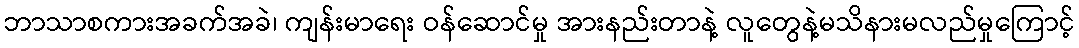
ဘာသာစကားအခက်အခဲ၊ ကျန်းမာရေး ဝန်ဆောင်မှု အားနည်းတာနဲ့ လူတွေနဲ့မသိနားမလည်မှုကြောင့်